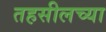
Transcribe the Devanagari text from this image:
तहसीलच्या